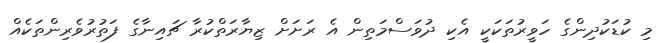
މި ކުޑަކުދިންގެ ހަވީރުތަކަކީ އެކި ދުވަސްމަތިން އެ ރަށަށް ޒިޔާރަތްކުރާ ޗައިނާގެ ފަތުރުވެރިންތަކެއް